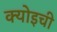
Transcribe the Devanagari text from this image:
क्योइची